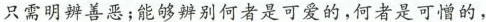
只需明辨善恶，能够辨别何者是可爱的，何者是可惜的